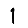
Digit: 1